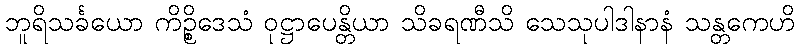
ဘူရိသင်္ခယော ကိဉ္စိဒေသံ ဝုဋ္ဌာပေန္တိယာ သိခရဏီသိ သေသုပါဒါနာနံ သန္တကေဟိ